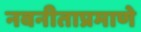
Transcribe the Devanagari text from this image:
नवनीताप्रमाणे